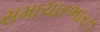
સમાચારભારત